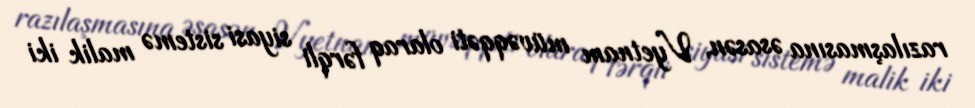
razılaşmasına əsasən, Vyetnam müvəqqəti olaraq fərqli siyasi sistemə malik iki